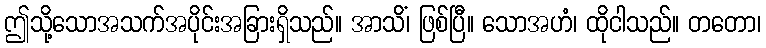
ဤသို့သောအသက်အပိုင်းအခြားရှိသည်။ အာသိံ၊ ဖြစ်ပြီ။ သောအဟံ၊ ထိုငါသည်။ တတော၊